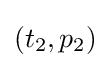
(t_{2},p_{2})